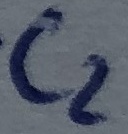
Text: C2